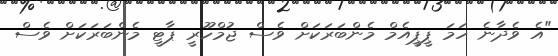
"އެ ވެދާނެ ހަމަ ޕީޕީއެމް މެންބަރަކަށް ވެސް ޖުމްހޫރީ ޕާޓީ މެންބަރަކަށް ވެސް